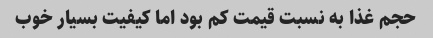
حجم غذا به نسبت قیمت کم بود اما کیفیت بسیار خوب